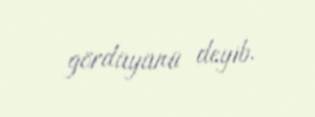
gördüyünü deyib.